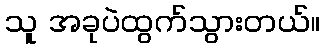
သူ အခုပဲထွက်သွားတယ်။